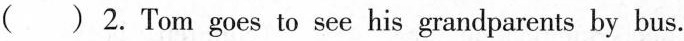
( ) 2. Tom goes to see his grandparents by bus.